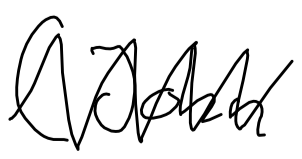
Text: (John
Cross-out: zig-zag
Writing tool: digital_black